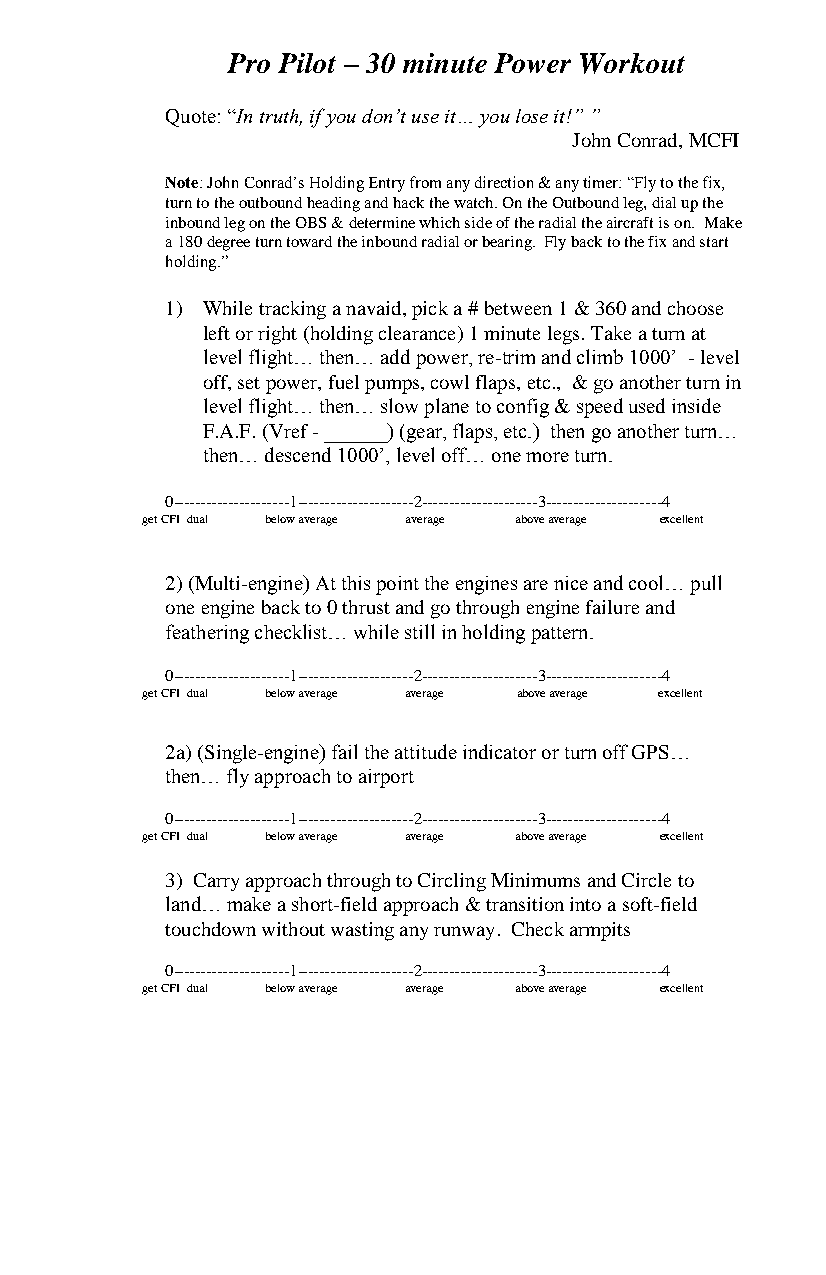
Pro Pilot – 30 minute Power Workout
 Quote: “In truth, if you don’t use it… you lose it!” ”
 John Conrad, MCFI
 Note: John Conrad’s Holding Entry from any direction & any timer: “Fly to the fix,
 turn to the outbound heading and hack the watch. On the Outbound leg, dial up the
 inbound leg on the OBS & determine which side of the radial the aircraft is on. Make
 a 180 degree turn toward the inbound radial or bearing. Fly back to the fix and start
 holding.”
 1) While tracking a navaid, pick a # between 1 & 360 and choose
 left or right (holding clearance) 1 minute legs. Take a turn at
 level flight… then… add power, re-trim and climb 1000’ - level
 off, set power, fuel pumps, cowl flaps, etc., & go another turn in
 level flight… then… slow plane to config & speed used inside
 F.A.F. (Vref - ______) (gear, flaps, etc.) then go another turn…
 then… descend 1000’, level off… one more turn.
 0---------------------1---------------------2---------------------3---------------------4
 get CFI dual below average average above average excellent
 2) (Multi-engine) At this point the engines are nice and cool… pull
 one engine back to 0 thrust and go through engine failure and
 feathering checklist… while still in holding pattern.
 0---------------------1---------------------2---------------------3---------------------4
 get CFI dual below average average above average excellent
 2a) (Single-engine) fail the attitude indicator or turn off GPS…
 then… fly approach to airport
 0---------------------1---------------------2---------------------3---------------------4
 get CFI dual below average average above average excellent
 3) Carry approach through to Circling Minimums and Circle to
 land… make a short-field approach & transition into a soft-field
 touchdown without wasting any runway. Check armpits
 0---------------------1---------------------2---------------------3---------------------4
 get CFI dual below average average above average excellent